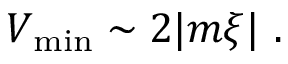
V _ { \mathrm { m i n } } \sim 2 | m \xi | \ .